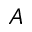
A